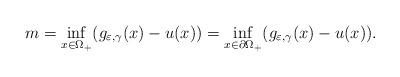
LaTeX: \begin{align*}m=\inf_{x\in\Omega_+}(g_{\varepsilon,\gamma}(x)-u(x))=\inf_{x\in\partial\Omega_+}(g_{\varepsilon,\gamma}(x)-u(x)).\end{align*}